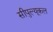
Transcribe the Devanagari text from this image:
सीपुल्यूकल